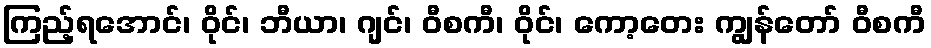
ကြည့်ရအောင်၊ ဝိုင်၊ ဘီယာ၊ ဂျင်၊ ဝီစကီ၊ ဝိုင်၊ ကော့တေး ကျွန်တော် ဝီစကီ